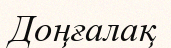
Доңғалақ